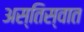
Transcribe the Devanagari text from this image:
अस्तिस्वात